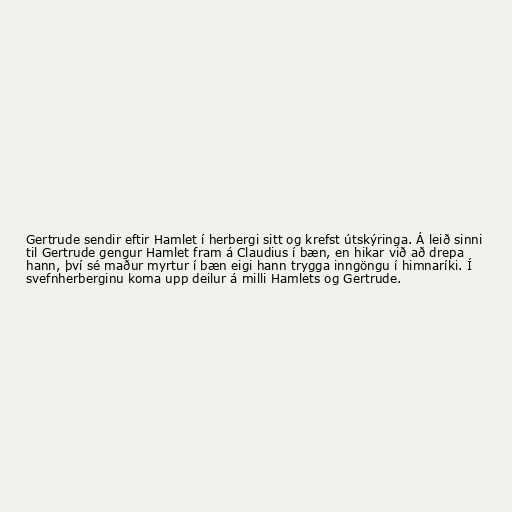
Gertrude sendir eftir Hamlet í herbergi sitt og krefst útskýringa. Á leið sinni
til Gertrude gengur Hamlet fram á Claudius í bæn, en hikar við að drepa
hann, því sé maður myrtur í bæn eigi hann trygga inngöngu í himnaríki. Í
svefnherberginu koma upp deilur á milli Hamlets og Gertrude.